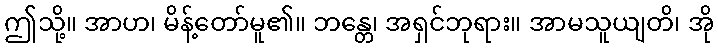
ဤသို့။ အာဟ၊ မိန့်တော်မူ၏။ ဘန္တေ၊ အရှင်ဘုရား။ အာမသူယျတိ၊ အို